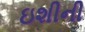
ઇશીની